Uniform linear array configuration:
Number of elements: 12
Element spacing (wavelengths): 0.5
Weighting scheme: cosine
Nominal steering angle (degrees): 15
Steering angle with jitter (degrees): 13.651
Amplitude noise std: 0.05
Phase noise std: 0.05

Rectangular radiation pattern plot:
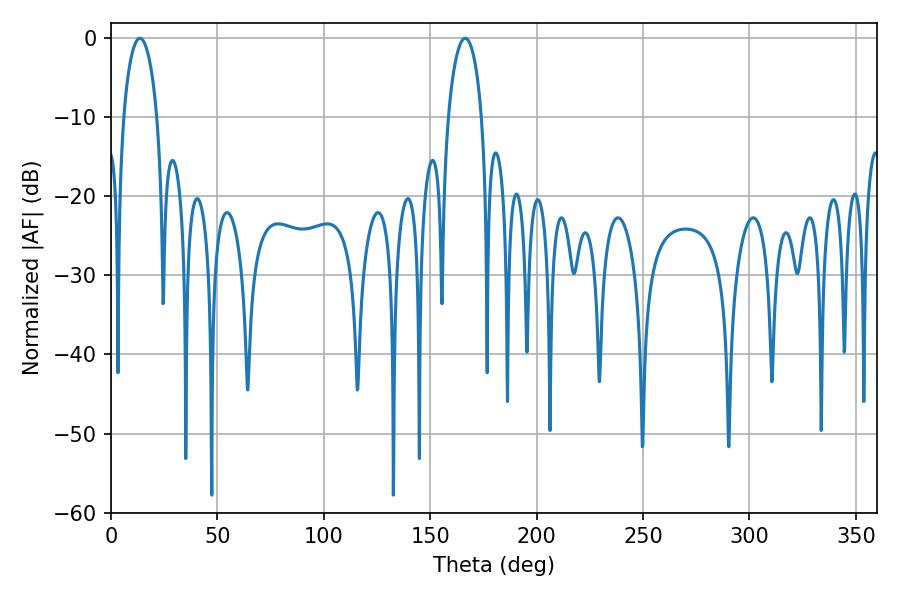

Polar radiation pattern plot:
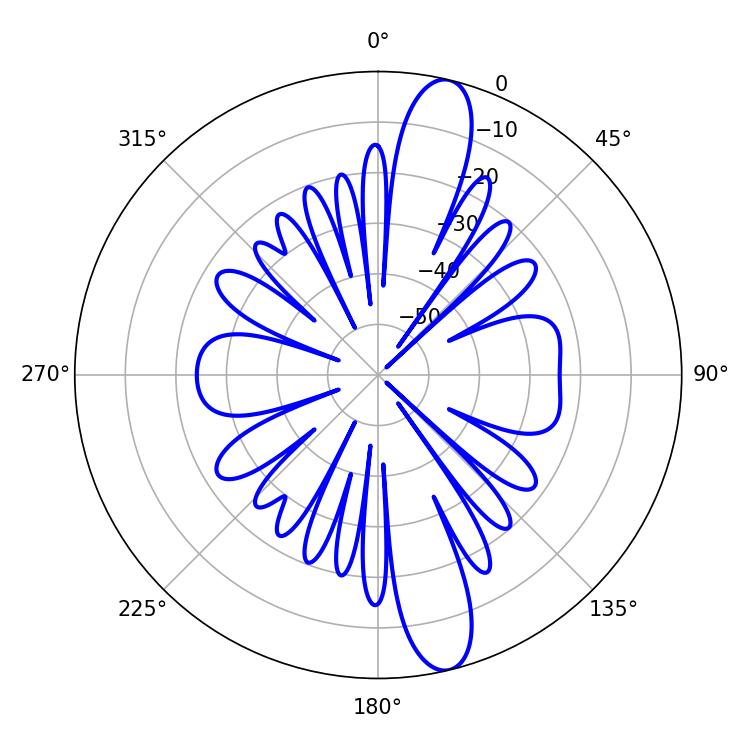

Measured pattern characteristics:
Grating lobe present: FALSE
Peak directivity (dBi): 13.968
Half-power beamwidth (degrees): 9
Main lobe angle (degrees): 166.5